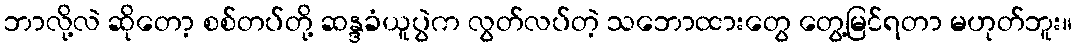
ဘာလို့လဲ ဆိုတော့ စစ်တပ်တို့ ဆန္ဒခံယူပွဲက လွတ်လပ်တဲ့ သဘောထားတွေ တွေ့မြင်ရတာ မဟုတ်ဘူး။